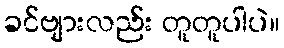
ခင်ဗျားလည်း တူတူပါပဲ။